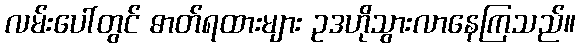
လမ်းပေါ်တွင် ဓာတ်ရထားများ ဥဒဟိုသွားလာနေကြသည်။